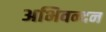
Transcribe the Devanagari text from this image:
अभिवन्दन